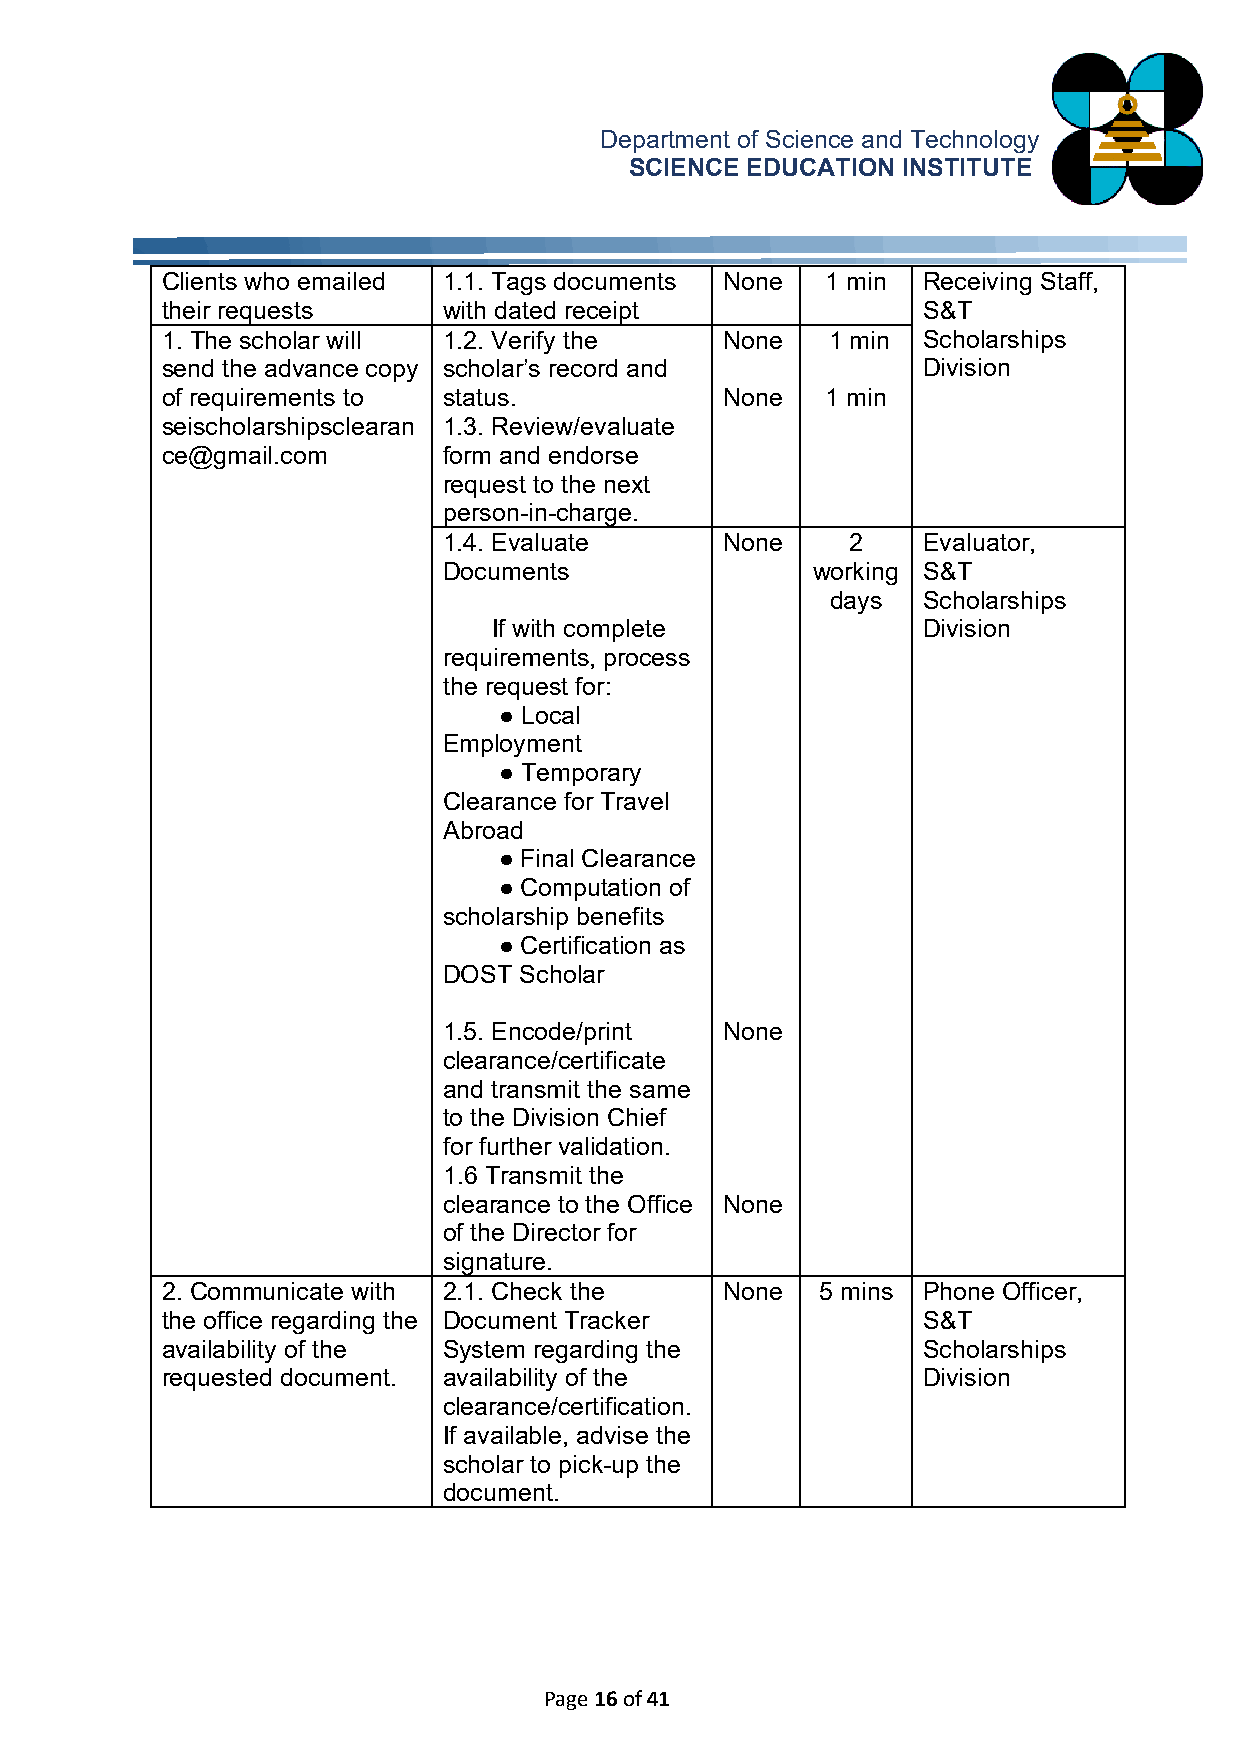
Department of Science and Technology
 SCIENCE EDUCATION INSTITUTE
 Clients who emailed 1.1. Tags documents None 1 min Receiving Staff,
 t heir requests   with dated receipt              S&T
 1. The scholar will 1.2. Verify the  None   1 min Scholarships
 send the advance copy scholar’s record and        Division
 of requirements to status.           None   1 min
 seischolarshipsclearan 1.3. Review/evaluate
 ce@gmail.com      form and endorse
 request to the next
 person-in-charge.
 1.4. Evaluate      None    2    Evaluator,
 Documents                working S&T
 days  Scholarships
 If with complete            Division
 requirements, process
 the request for:
 ● Local
 Employment
 ● Temporary
 Clearance for Travel
 Abroad
 ● Final Clearance
 ● Computation of
 scholarship benefits
 ● Certification as
 DOST Scholar
 1.5. Encode/print  None
 clearance/certificate
 and transmit the same
 to the Division Chief
 for further validation.
 1.6 Transmit the
 clearance to the Office None
 of the Director for
 signature.
 2. Communicate with 2.1. Check the   None  5 mins Phone Officer,
 the office regarding the Document Tracker         S&T
 availability of the System regarding the          Scholarships
 requested document. availability of the           Division
 clearance/certification.
 If available, advise the
 scholar to pick-up the
 document.
 Page 16 of 41